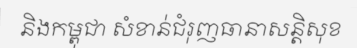
និងកម្ពុជា សំខាន់ជំរុញធានាសន្តិសុខ